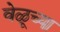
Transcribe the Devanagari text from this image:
वेळूच्या